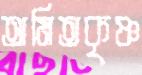
অমিতকৃষ্ণ